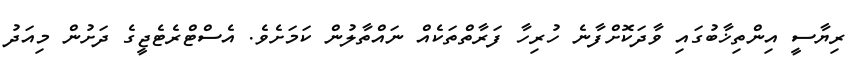
ރިޔާސީ އިންތިޚާބުގައި ވާދަކޮށްފާނެ ހުރިހާ ފަރާތްތަކެއް ނައްތާލުން ކަމަށެވެ. އެސްޓްރެޓެޖީގެ ދަށުން މިއަދު